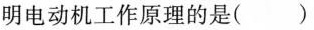
明电动机工作原理的是( )